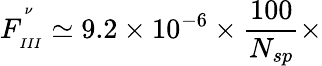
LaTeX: F_{_{III}}^{^{^{\nu}}}\simeq 9.2\times 10^{-6}\times\frac{100}{N_{sp}}\times